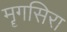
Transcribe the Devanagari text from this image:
मॄगसिरा